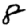
Digit: 8